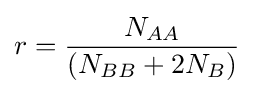
r={\frac {N_{AA}}{(N_{BB}+2N_{B})}}